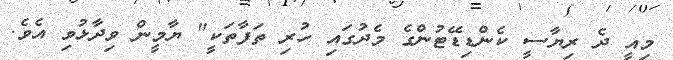
މިއީ ދެ ރިޔާސީ ކެންޑިޑޭޓުންގެ މެދުގައި ހުރި ތަފާތަކީ" ޔާމީން ވިދާޅުވި އެވެ.